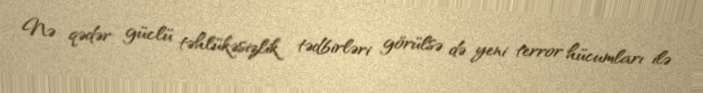
Nə qədər güclü təhlükəsizlik tədbirləri görülsə də yeni terror hücumları ilə